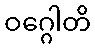
ဝဂ္ဂေါတိ